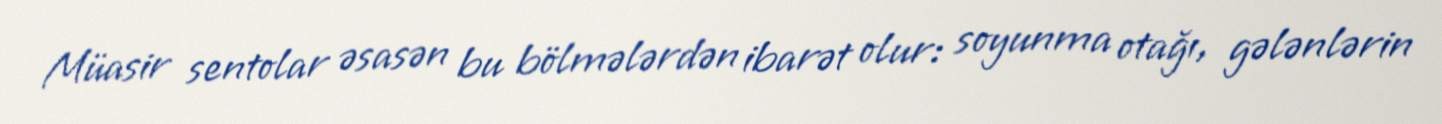
Müasir sentolar əsasən bu bölmələrdən ibarət olur: soyunma otağı, gələnlərin